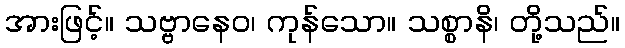
အားဖြင့်။ သဗ္ဗာနေဝ၊ ကုန်သော။ သစ္စာနိ၊ တို့သည်။